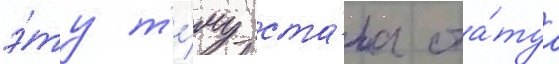
э́ту т'е́му ста́ла ста́туа